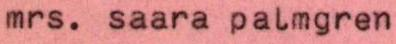
mrs. saara palmgren